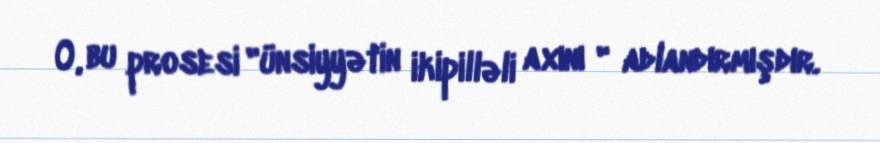
O, bu prosesi "ünsiyyətin ikipilləli axını " adlandırmışdır.